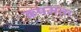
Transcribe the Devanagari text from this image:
कषमता